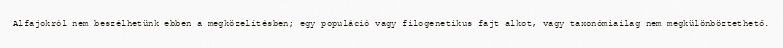
Alfajokról nem beszélhetünk ebben a megközelítésben; egy populáció vagy filogenetikus fajt alkot, vagy taxonómiailag nem megkülönböztethető.